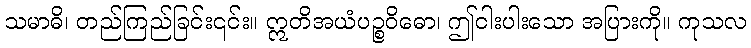
သမာဓိ၊ တည်ကြည်ခြင်း၎င်း။ ဣတိအယံပဉ္စဝိဓော၊ ဤငါးပါးသော အပြားကို။ ကုသလ